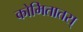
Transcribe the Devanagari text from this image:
कोमितातस्